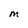
Character: M